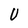
Character: U